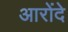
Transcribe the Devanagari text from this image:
आरोंदे